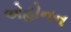
એહોનન